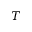
T